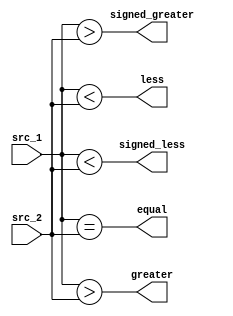
/*
 Comparator (Comp)
 */
module comp
(
 input [31:0] src_1,
 input [31:0] src_2,
 output       equal,
 output       less,
 output       greater,
 output       signed_less,
 output       signed_greater
 );

  wire signed [31:0] signed_src_1;
  wire signed [31:0] signed_src_2;

  assign signed_src_1 = src_1;
  assign signed_src_2 = src_2;

  assign equal   = src_1 == src_2;
  assign less    = src_1  < src_2;
  assign greater = src_1  > src_2;

  assign signed_less    = signed_src_1 < signed_src_2;
  assign signed_greater = signed_src_1 > signed_src_2;
  
endmodule // comp